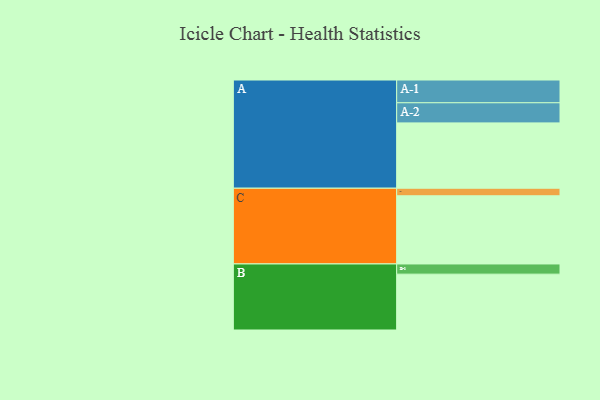
{"axis": {"x": "Segment", "y": "Value"}, "legend": ["", "A", "B", "C"], "data": [{"x": "A", "y": 545, "type": ""}, {"x": "B", "y": 466, "type": ""}, {"x": "C", "y": 569, "type": ""}, {"x": "A-1", "y": 190, "type": "A"}, {"x": "A-2", "y": 168, "type": "A"}, {"x": "B-1", "y": 85, "type": "B"}, {"x": "C-1", "y": 63, "type": "C"}]}